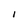
Character: I